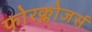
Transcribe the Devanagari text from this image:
फोरक्लोजर्स